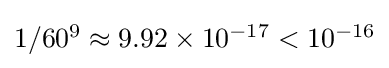
\textstyle 1/60^{9}\approx 9.92\times 10^{-17}<10^{-16}